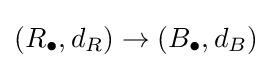
(R_{\bullet },d_{R})\to (B_{\bullet },d_{B})